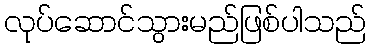
လုပ်ဆောင်သွားမည်ဖြစ်ပါသည်